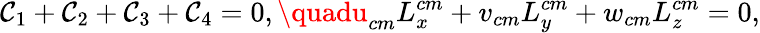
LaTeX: \mathcal{C}_{1}+\mathcal{C}_{2}+\mathcal{C}_{3}+\mathcal{C}_{4}=0,\quadu_{cm}L_{x}^{cm}+v_{cm}L_{y}^{cm}+w_{cm}L_{z}^{cm}=0,